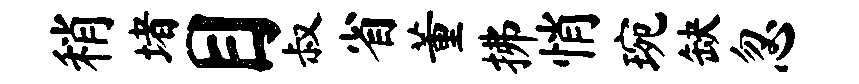
稍堵目叔省董拂悄琬缺忽